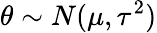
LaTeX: \theta\sim N(\mu,\tau^{2})